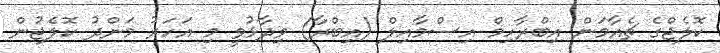
ކޮލެޖްގެ ޗެއާމަން އިބްރާހިމް އިސްމާއިލް (އިބްރާ) ވިދާޅުވީ މި އަހަރު މަންދު ކޮލެޖުން